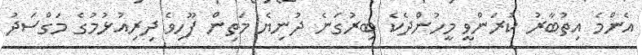
އެންމެ އިތުބާރު ކުރަންވީ މީހުންދެކެ ބިރުގަނެ ދުނިޔެ މަތިން ފޫހިވެ ދިރިއުޅުމުގެ މަގްސަދު